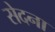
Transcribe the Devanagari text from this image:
सेदना